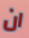
ان